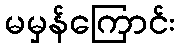
မမှန်ကြောင်း